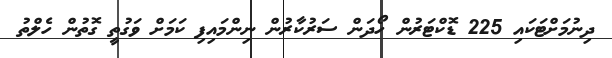
ދިނުމަށްޓަކައި 225 ޑޮކްޓަރުން ހޯދަން ސަރުކާރުން ނިންމައިފި ކަމަށް ވަގުތީ ގޮތުން ހެލްތު